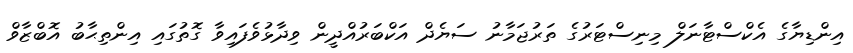
އިންޑިޔާގެ އެކްސްޓާނަލް މިނިސްޓަރުގެ ތަރުޖަމާނު ސަޔެދް އަކްބަރުއްދީން ވިދާޅުވެފައިވާ ގޮތުގައި އިންތިޙާބު އޮބްޒާވް